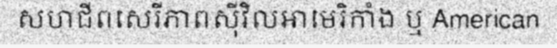
សហជីពសេរីភាពស៊ីវិលអាមេរិកាំង ឬ American